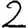
Digit: 2